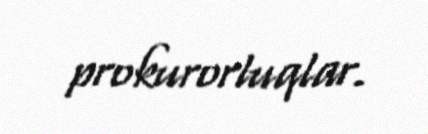
prokurorluqlar.